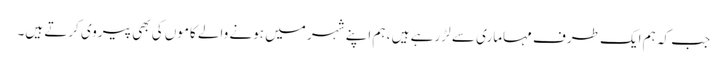
جب کہ ہم ایک طرف مہاماری سے لڑ رہے ہیں ، ہم اپنے شہر میں ہونے والے کاموں کی بھی پیروی کرتے ہیں۔